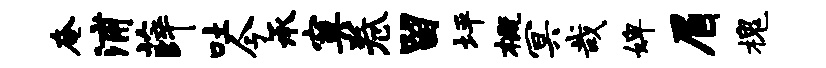
奄浦薛吐今承寞卷留坪概冥哉婢眉槐